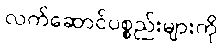
လက်ဆောင်ပစ္စည်းများကို